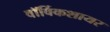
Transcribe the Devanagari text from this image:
वॉर्विकशायर